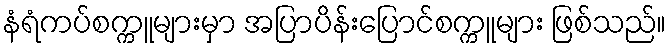
နံရံကပ်စက္ကူများမှာ အပြာပိန်းပြောင်စက္ကူများ ဖြစ်သည်။